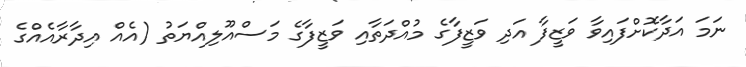
ނަމަ އަދާކޮށްފައިވާ ވަޒީފާ އަދި ވަޒީފާގެ މުއްދަތާއި ވަޒީފާގެ މަސްއޫލިއްޔަތު (އެއް އިދާރާއެއްގެ